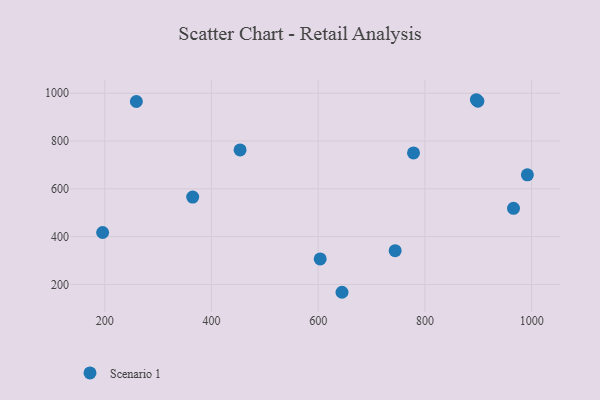
{"axis": {"x": "Engine Size", "y": "Demand"}, "legend": ["Scenario 1"], "data": [{"x": "453.6", "y": 762.6, "type": "Scenario 1"}, {"x": "992.0", "y": 658.5, "type": "Scenario 1"}, {"x": "899.2", "y": 966.6, "type": "Scenario 1"}, {"x": "259.2", "y": 965.3, "type": "Scenario 1"}, {"x": "896.4", "y": 972.8, "type": "Scenario 1"}, {"x": "603.7", "y": 306.7, "type": "Scenario 1"}, {"x": "778.6", "y": 750.3, "type": "Scenario 1"}, {"x": "196.0", "y": 417.4, "type": "Scenario 1"}, {"x": "966.0", "y": 518.3, "type": "Scenario 1"}, {"x": "744.2", "y": 341.4, "type": "Scenario 1"}, {"x": "364.8", "y": 565.5, "type": "Scenario 1"}, {"x": "644.6", "y": 167.3, "type": "Scenario 1"}]}